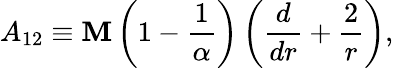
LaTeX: A_{12}\equiv\mathbf{M}\left(1-{\frac{{1}}{{\alpha}}}\right)\left({\frac{{d}}{{dr}}}+{\frac{{2}}{{r}}}\right),